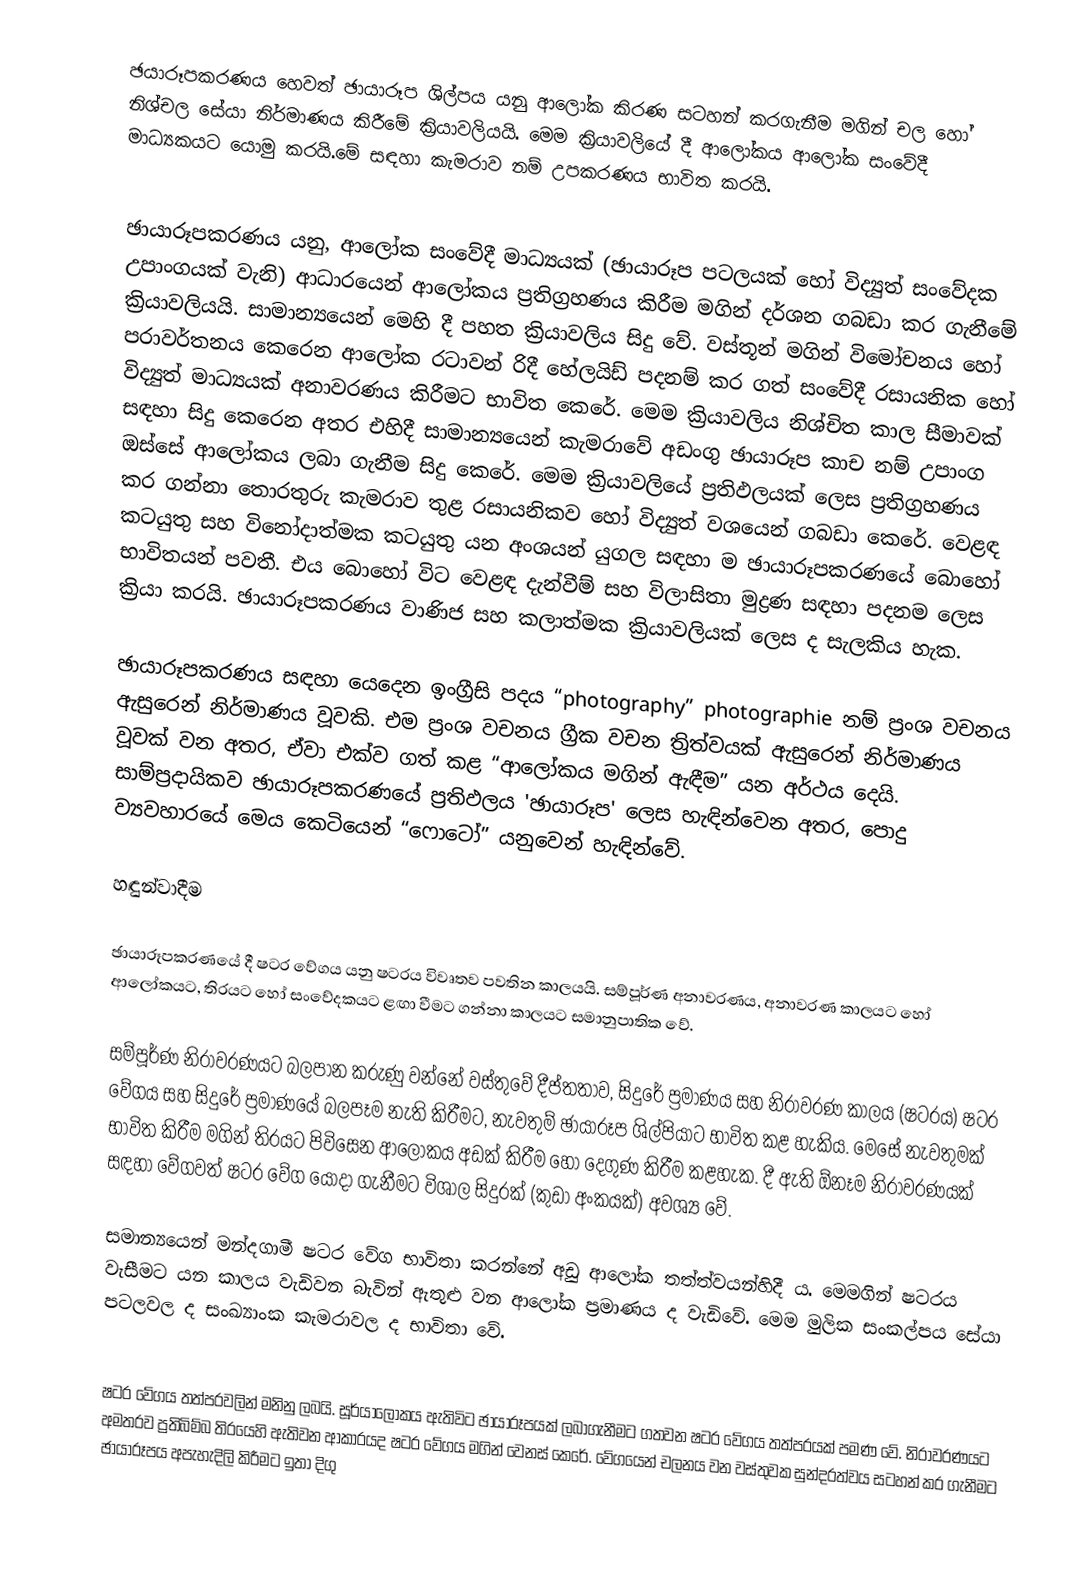
ඡයාරූපකරණය හෙවත් ඡායාරූප ශිල්පය යනු ආලෝක කිරණ සටහන් කරගැනීම මගින් චල හෝ නිශ්චල සේයා නිර්මාණය කිරීමේ ක්‍රියාවලියයි. මෙම ක්‍රියාවලියේ දී ආලෝකය ආලෝක සංවේදී මාධ්‍යකයට යොමු කරයි.මේ සඳහා කැමරාව නම් උපකරණය භාවිත කරයි.

ඡායාරූපකරණය යනු, ආලෝක සංවේදී මාධ්‍යයක් (ඡායාරූප පටලයක් හෝ විද්‍යුත් සංවේදක උපාංගයක් වැනි) ආධාරයෙන් ආලෝකය ප්‍රතිග්‍රහණය කිරීම මගින් දර්ශන ගබඩා කර ගැනීමේ ක්‍රියාවලියයි. සාමාන්‍යයෙන් මෙහි දී පහත ක්‍රියාවලිය සිදු වේ. වස්තූන් මගින් විමෝචනය හෝ පරාවර්තනය කෙරෙන ආලෝක රටාවන් රිදී හේලයිඩ් පදනම් කර ගත් සංවේදී රසායනික හෝ විද්‍යුත් මාධ්‍යයක් අනාවරණය කිරීමට භාවිත කෙරේ. මෙම ක්‍රියාවලිය නිශ්චිත කාල සීමාවක් සඳහා සිදු කෙරෙන අතර එහිදී සාමාන්‍යයෙන් කැමරාවේ අඩංගු ඡායාරූප කාච නම් උපාංග ඔස්සේ ආලෝකය ලබා ගැනීම සිදු කෙරේ. මෙම ක්‍රියාවලියේ ප්‍රතිඵලයක් ලෙස ප්‍රතිග්‍රහණය කර ගන්නා තොරතුරු කැමරාව තුළ රසායනිකව හෝ විද්‍යුත් වශයෙන් ගබඩා කෙරේ. වෙළඳ කටයුතු සහ විනෝදාත්මක කටයුතු යන අංශයන් යුගල සඳහා ම ඡායාරූපකරණයේ බොහෝ භාවිතයන් පවතී. එය බොහෝ විට වෙළඳ දැන්වීම් සහ විලාසිතා මුද්‍රණ සඳහා පදනම ලෙස ක්‍රියා කරයි. ඡායාරූපකරණය වාණිජ සහ කලාත්මක ක්‍රියාවලියක් ලෙස ද සැලකිය හැක.

ඡායාරූපකරණය සඳහා යෙදෙන ඉංග්‍රීසි පදය “photography” photographie නම් ප්‍රංශ වචනය ඇසුරෙන් නිර්මාණය වූවකි. එම ප්‍රංශ වචනය ග්‍රීක වචන ත්‍රිත්වයක් ඇසුරෙන් නිර්මාණය වූවක් වන අතර, ඒවා එක්ව ගත් කළ “ආලෝකය මගින් ඇඳීම” යන අර්ථය දෙයි. සාම්ප්‍රදායිකව ඡායාරූපකරණයේ ප්‍රතිඵලය 'ඡායාරූප' ලෙස හැඳින්වෙන අතර, පොදු ව්‍යවහාරයේ මෙය කෙටියෙන් “ෆොටෝ” යනුවෙන් හැඳින්වේ.

හඳුන්වාදීම

ඡායාරූපකරණයේ දී ෂටර වේගය යනු ෂටරය විවෘතව පවතින කාලයයි. සම්පූර්ණ අනාවරණය, අනාවරණ කාලයට හෝ ආලෝකයට, තිරයට හෝ සංවේදකයට ළඟා වීමට ගන්නා කාලයට සමානුපාතික වේ.

සම්පූර්ණ නිරාවරණයට බලපාන කරුණු වන්නේ වස්තුවේ දීප්තතාව, සිදුරේ ප්‍රමාණය සහ නිරාවරණ කාලය (ෂටරය) ෂටර වේගය සහ සිදුරේ ප්‍රමාණයේ බලපෑම නැති කිරීමට, නැවතුම් ඡායාරූප ශිල්පියාට භාවිත කළ හැකිය. මෙසේ නැවතුමක් භාවිත කිරීම මගින් තිරයට පිවිසෙන ආලෝකය අඩක් කිරීම හෝ දෙගුණ කිරීම කළහැක. දී ඇති ඕනෑම නිරාවරණයක් සඳහා වේගවත් ෂටර වේග යොදා ගැනීමට විශාල සිදුරක් (කුඩා අංකයක්) අවශ්‍ය වේ.

සමාන්‍යයෙන් මන්දගාමී ෂටර වේග භාවිතා කරන්නේ අඩු ආලෝක තත්ත්වයන්හිදී ය. මෙමගින් ෂටරය වැසීමට යන කාලය වැඩිවන බැවින් ඇතුළු වන ආලෝක ප්‍රමාණය ද වැඩිවේ. මෙම මුලික සංකල්පය සේයා පටලවල ද සංඛ්‍යාංක කැමරාවල ද භාවිතා වේ.

ෂටර වේගය තත්පරවලින් මනිනු ලබයි. සූර්යාලෝකය ඇතිවිට ඡායාරූපයක් ලබාගැනීමට ගතවන ෂටර වේගය තත්පරයක් පමණ වේ. නිරාවරණයට අමතරව ප්‍රතිබිම්බ තිරයෙහි ඇතිවන ආකාරයද ෂටර වේගය මගින් වෙනස් කෙරේ. වේගයෙන් චලනය වන වස්තුවක සුන්දරත්වය සටහන් කර ගැනීමට ඡායාරූපය අපැහැදිලි කිරීමට ඉතා දිගු